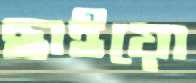
ছাইয়ো